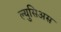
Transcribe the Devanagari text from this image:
ल्युसिअस